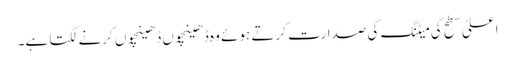
اعلیٰ سطح کی میٹنگ کی صدارت کرتے ہوئے وہ ڈھینچوں ڈھینچوں کرنے لگتا ہے۔